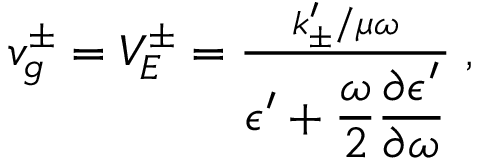
\begin{array} { r } { v _ { g } ^ { \pm } = V _ { E } ^ { \pm } = \frac { { k _ { \pm } ^ { \prime } } / { \mu \omega } } { \displaystyle \epsilon ^ { \prime } + \frac { \omega } { 2 } \frac { \partial \epsilon ^ { \prime } } { \partial \omega } } \; , } \end{array}